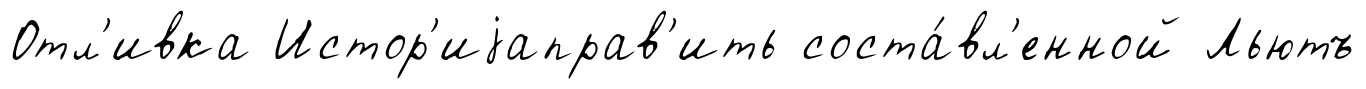
Отл'ивка Истор'иjаправ'ить соста́вл'енной Льютъ